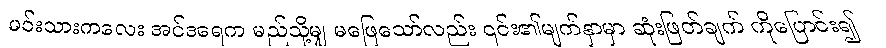
မင်းသားကလေး အင်ဒရေက မည်သို့မျှ မဖြေသော်လည်း ၎င်း၏မျက်နှာမှာ ဆုံးဖြတ်ချက် ကိုပြောင်း၍